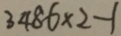
3 4 8 6 \times 2 - 1